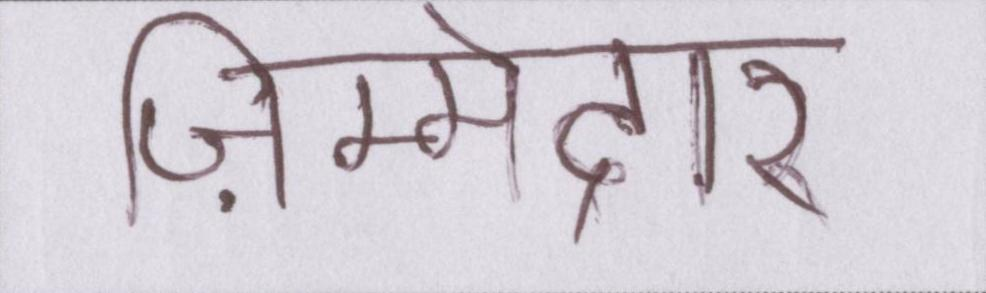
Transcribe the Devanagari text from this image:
ज़िम्मेदारी